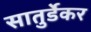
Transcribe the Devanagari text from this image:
सातुर्डेकर